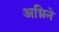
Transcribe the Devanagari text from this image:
अग्निने